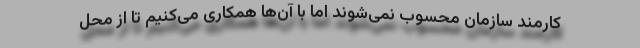
کارمند سازمان محسوب نمی‌شوند اما با آن‌ها همکاری می‌کنیم تا از محل